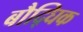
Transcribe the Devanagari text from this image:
बौद्घिक